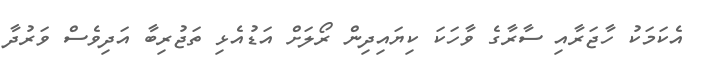
އެކަމަކު ހާޖަރާއި ސާރާގެ ވާހަކަ ކިޔައިދިން ރޯލަށް އަޑުއެޅި ތަޖުރިބާ އަދިވެސް ވަރުދާ